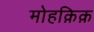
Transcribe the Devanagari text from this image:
मोहक़िक़